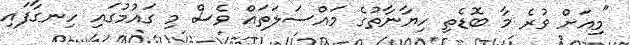
"މިއަށް ވުރެ މާ ބޮޑެތި ހިޔާނާތުގެ މައްސަލަތައް ވެސް މި ގައުމުގައި ހިނގާފައި